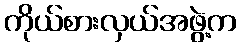
ကိုယ်စားလှယ်အဖွဲ့က